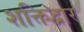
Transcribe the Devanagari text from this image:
शक्तिद्वार